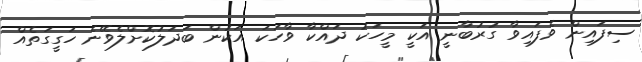
ސިފައިން ވެފައިވާ ގުރުބާނީ އަކީ މީހަކު ދައްކާ ވާހަކަ އަކުން ބަދަލުކޮށްލެވޭނެ ހަގީގަތެއް